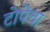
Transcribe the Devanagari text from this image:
टोपेंचा